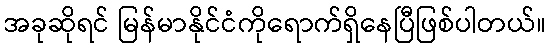
အခုဆိုရင် မြန်မာနိုင်ငံကိုရောက်ရှိနေပြီဖြစ်ပါတယ်။